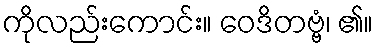
ကိုလည်းကောင်း။ ဝေဒိတဗ္ဗံ၊ ၏။